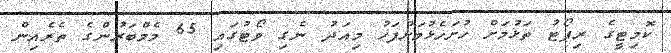
ކޮމިޓީގެ ރިޕޯޓު ތަޅުމަށް ހުށަހެޅުމަށްފަހު މިއަދު ނެގި ވޯޓުގައި 65 މެމްބަރުންގެ ތެރެއިން